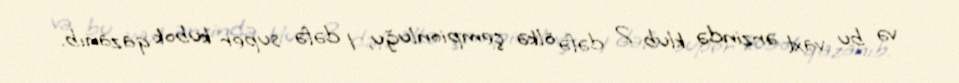
və bu vaxt ərzində klub 2 dəfə ölkə çempionluğu, 1 dəfə super kubok qazanıb.